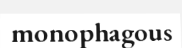
monophagous